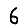
Digit: 6